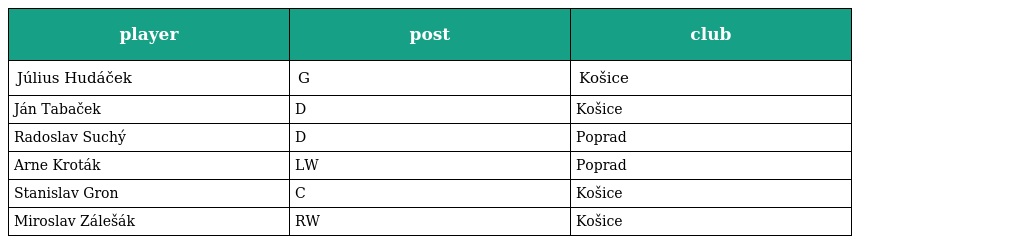
| player | post | club |
 | --- | --- | --- |
 | Július Hudáček | G | Košice |
 | Ján Tabaček | D | Košice |
 | Radoslav Suchý | D | Poprad |
 | Arne Kroták | LW | Poprad |
 | Stanislav Gron | C | Košice |
 | Miroslav Zálešák | RW | Košice |